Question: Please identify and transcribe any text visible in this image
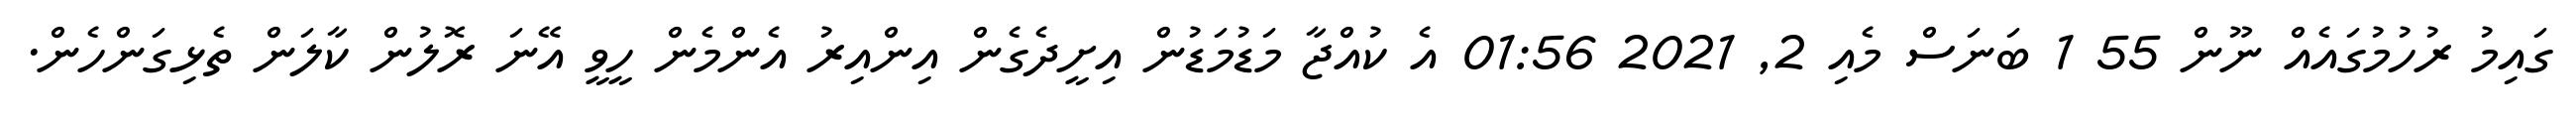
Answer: ގައިމު ރުހުމުގައެއް ނޫން 55 1 ބަނަސް މެއި 2, 2021 01:56 އެ ކުއްޖާ މަޑުމަޑުން އިށީދެގެން އިންއިރު އެންމެން ހީވީ އޭނަ ރޮލުން ކާލަން ތެޅިގަންހެން.